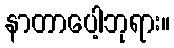
နာတာပေါ့ဘုရား။